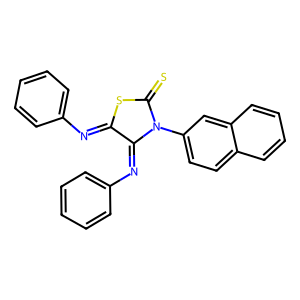
SMILES: S=C1SC(=Nc2ccccc2)C(=Nc2ccccc2)N1c1ccc2ccccc2c1
Inhibits HIV replication: No